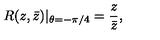
R ( z , \bar { z } ) | _ { \theta = - \pi / 4 } = \frac { z } { \bar { z } } ,